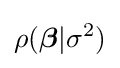
\rho ({\boldsymbol {\beta }}|\sigma ^{2})